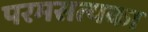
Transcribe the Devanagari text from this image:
परमसत्यका